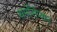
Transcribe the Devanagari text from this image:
थर्मोसेप्शन